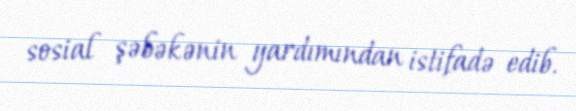
sosial şəbəkənin yardımından istifadə edib.